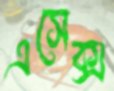
এসেক্স